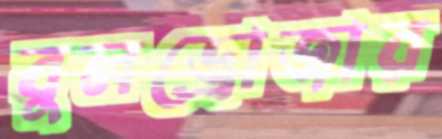
বুলড্রোজার